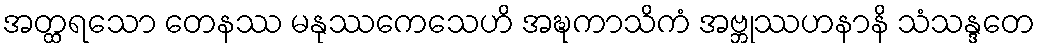
အတ္ထရသော တေနဿ မနုဿကေသေဟိ အဍ္ဎကာသိကံ အဗ္ဘုဿဟနာနိ သံသန္ဒတေ